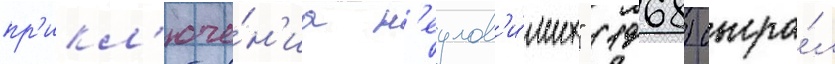
пр'икл'юче́н'иа н'еулов'и́мых" (1968) сыгра́л